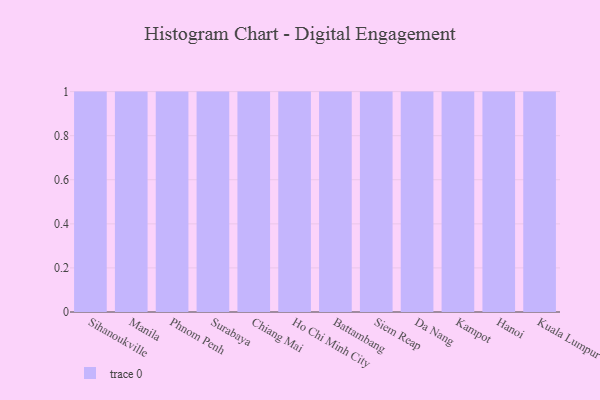
{"axis": {"x": "City", "y": "Conversion Rate (%)"}, "legend": [""], "data": [{"x": "Sihanoukville", "y": 32, "type": ""}, {"x": "Manila", "y": 11, "type": ""}, {"x": "Phnom Penh", "y": 33, "type": ""}, {"x": "Surabaya", "y": 6, "type": ""}, {"x": "Chiang Mai", "y": 95, "type": ""}, {"x": "Ho Chi Minh City", "y": 35, "type": ""}, {"x": "Battambang", "y": 1, "type": ""}, {"x": "Siem Reap", "y": 77, "type": ""}, {"x": "Da Nang", "y": 38, "type": ""}, {"x": "Kampot", "y": 49, "type": ""}, {"x": "Hanoi", "y": 52, "type": ""}, {"x": "Kuala Lumpur", "y": 30, "type": ""}]}